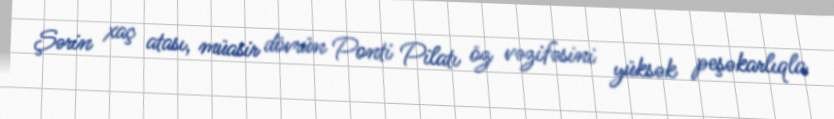
Şərin xaç atası, müasir dövrün Ponti Pilatı öz vəzifəsini yüksək peşəkarlıqla